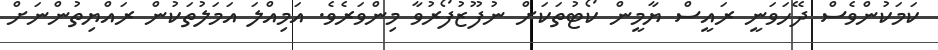
ކަމަކުންވެސް ދޭހަވަނީ ރައީސް ޔާމީން ކޯޓުތަކަށް ނުފޫޒުފޯރުވާ މިންވަރެވެ. އަމިއްލަ އަމަލުތަކުން ރައްޔިތުންނަށް